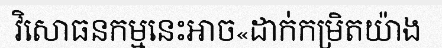
វិសោធនកម្មនេះអាច«ដាក់កម្រិតយ៉ាង